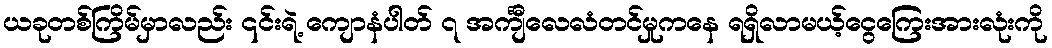
ယခုတစ်ကြိမ်မှာလည်း ၎င်းရဲ့ ကျောနံပါတ် ၇ အင်္ကျီလေလံတင်မှုကနေ ရရှိလာမယ့်ငွေကြေးအားလုံးကို